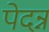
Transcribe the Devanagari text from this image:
पेदन्न